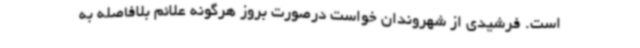
است. فرشیدی از شهروندان خواست درصورت بروز هرگونه علائم بلافاصله به